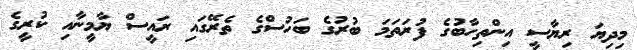
މިދިޔަ ރިޔާސީ އިންތިހާބުގެ ފުރަތަމަ ބުރުގެ ބަހުސްގެ ތެރޭގައި ރައީސް ޔާމީނާއި ކުރީގެ